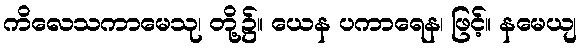
ကိလေသကာမေသု၊ တို့၌။ ယေန ပကာရေန၊ ဖြင့်။ နမေယျ